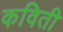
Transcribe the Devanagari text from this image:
कविती